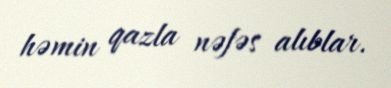
həmin qazla nəfəs alıblar.